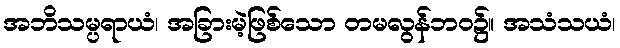
အဘိသမ္ပရာယံ၊ အခြားမဲ့ဖြစ်သော တမလွန်ဘဝ၌။ အသံသယံ၊